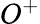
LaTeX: O^{+}